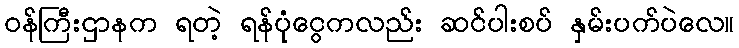
ဝန်ကြီးဌာနက ရတဲ့ ရန်ပုံငွေကလည်း ဆင်ပါးစပ် နှမ်းပက်ပဲလေ။